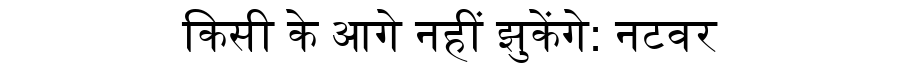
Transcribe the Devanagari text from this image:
किसी के आगे नहीं झुकेंगे: नटवर